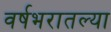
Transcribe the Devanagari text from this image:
वर्षभरातल्या